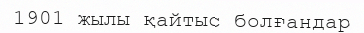
1901 жылы қайтыс болғандар